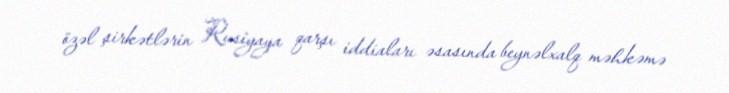
özəl şirkətlərin Rusiyaya qarşı iddiaları əsasında beynəlxalq məhkəmə